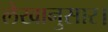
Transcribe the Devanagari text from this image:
लेखानुसार।